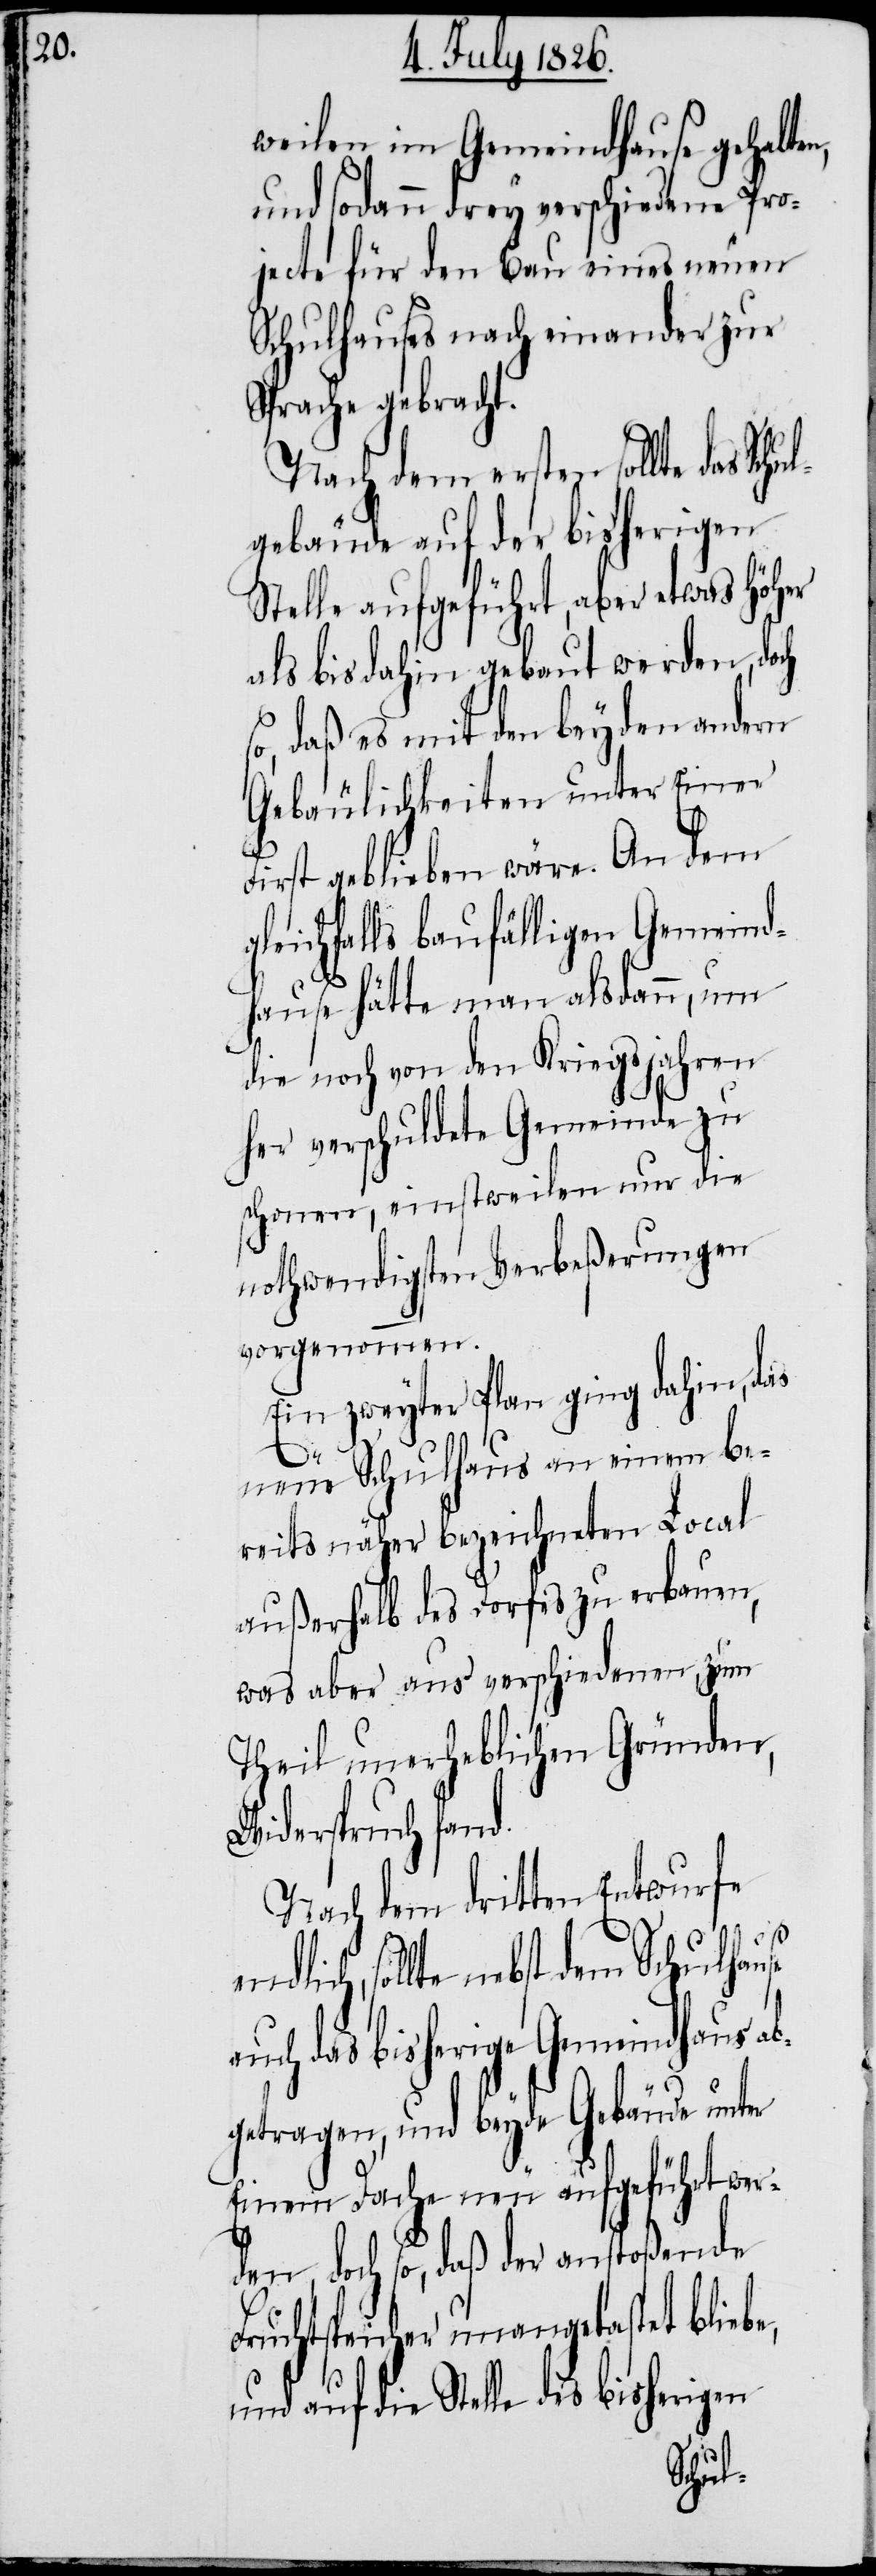
weilen im Gemeindhause gehalte¬
und sodann drey verschiedene Pro¬
jecte für den Bau eines neuen
Schulhauses nach einander zur
Sprache gebracht.
Nach dem ersten sollte das
gebäude auf der bisherigen
Stelle aufgeführt, aber etwas höher
als bis dahin gebaut werden, doch
o, daß es mit den beyden andern
Gebäulichkeiten unter Einer F¬
irst geblieben wäre. An dem
gleichfalls baufälligen Gemeind¬
hause hätte man alsdann, um
die noch von den Kriegsjahren
her verschuldete Gemeinde zu
schonen, einstweilen nur die
nothwendigen Verbeßerungen
vorgenommen.
Ein zweyter Plan ging dahin, das
neue Schulhaus an einem be¬
reits näher bezeichneten Local
außerhalb des Dorfes zu erbauen,
was aber aus verschiedenen, zum
Theil unerheblichen Gründen,
Widerspruch fand.
Nach dem dritten Entwurfe
endlich, sollte nebst dem Schulhause
auch das bisherige Gemeindhaus ab¬
getragen, und beyde Gebäude unter
Einem Dache neu aufgeführt werd¬
s¬
en, doch so, daß der anstoßende
Fruchtspeicher unangetastet bliebe,
und auf die Stelle des bisherigen
Schul¬